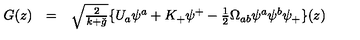
\begin{array} { l l l } { G ( z ) } & { = } & { \sqrt { \frac { 2 } { k + \check { g } } } \{ U _ { a } \psi ^ { a } + K _ { + } \psi ^ { + } - \frac { 1 } { 2 } \Omega _ { a b } \psi ^ { a } \psi ^ { b } \psi _ { + } \} ( z ) } \\ \end{array}